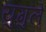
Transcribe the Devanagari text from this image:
युगुले